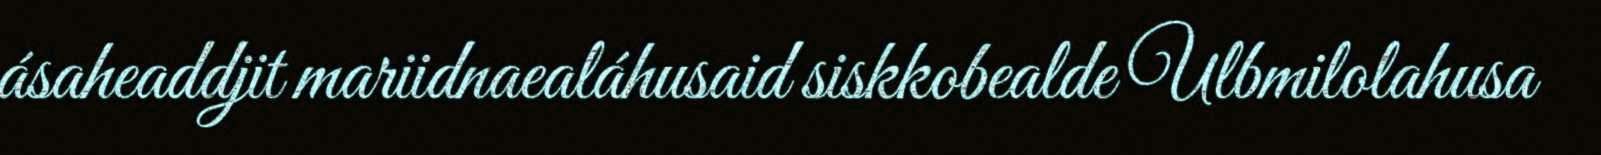
ásaheaddjit mariidnaealáhusaid siskkobealde Ulbmilolahusa